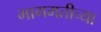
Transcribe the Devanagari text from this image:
भागमतीच्या